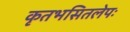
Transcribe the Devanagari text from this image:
कृतभसितलेपः